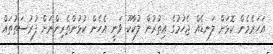
އަހަރެމެން ކޮޅަށް ލަނޑެއް ޖެހުމުގެ އިތުރުން ލުކާކޫ ވަނީ އެހެން ކުޅުންތެރިންނަށް ފުރުސަތުތައް